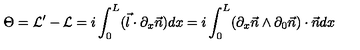
\Theta = { \cal L } ^ { \prime } - { \cal L } = i \int _ { 0 } ^ { L } ( \vec { l } \cdot \partial _ { x } \vec { n } ) d x = i \int _ { 0 } ^ { L } ( \partial _ { x } \vec { n } \wedge \partial _ { 0 } \vec { n } ) \cdot \vec { n } d x